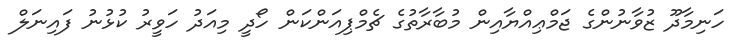
ހަނިމާދޫ ޒުވާނުންގެ ޖަމްޢިއްޔާއިން މުބާރާތުގެ ޗެމްޕިއަންކަން ހޯދީ މިއަދު ހަވީރު ކުޅުނު ފައިނަލް